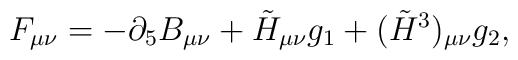
F_{\mu\nu} = - \partial_5 B_{\mu\nu} + \tilde{H}_{\mu\nu} g_1 +(\tilde{H}^3)_{\mu\nu} g_2,